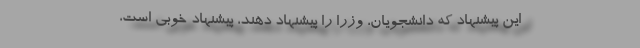
این پیشنهاد که دانشجویان، وزرا را پیشنهاد دهند، پیشنهاد خوبی است،